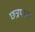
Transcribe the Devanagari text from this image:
छत्रपाल